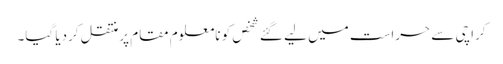
کراچی سے حراست میں لیے گئے شخص کو نامعلوم مقام پرمنتقل کردیا گیا۔